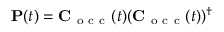
\mathbf P ( t ) = \mathbf C _ { \mathrm { ~ o ~ c ~ c ~ } } ( t ) ( \mathbf C _ { \mathrm { ~ o ~ c ~ c ~ } } ( t ) ) ^ { \dagger }